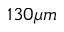
1 3 0 \mu m